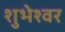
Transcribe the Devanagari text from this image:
शुभेश्वर